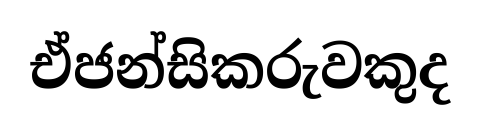
ඒජන්සිකරුවකුද